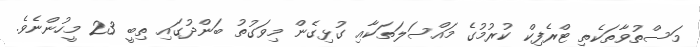
މަސްތުވާތަކެތި ޓްރެފިކް ކުރުމުގެ މައްސަލަތަކާއި ގުޅިގެން މިވަގުތު ބަންދުގައި ތިބީ 23 މީހުންނެވެ.